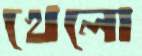
খেলো